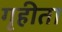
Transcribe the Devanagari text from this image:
गृहीता